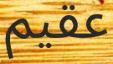
عقيم